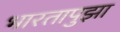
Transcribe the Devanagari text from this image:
भारतापुझा